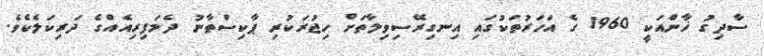
ސާދިގު ޚާންއަކީ 1960 ގެ އަހަރުތަކުގައި އިނގިރޭސިވިލާތަށް ހިޖުރަކުރި ޕާކިސްތާނު ދެމަފިރިއެއްގެ ދަރިކަލެކެވެ.